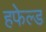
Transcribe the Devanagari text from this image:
हफेल्ड